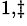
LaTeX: ^{1,\ddagger}